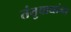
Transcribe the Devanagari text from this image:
तंतुवाद्यांना